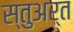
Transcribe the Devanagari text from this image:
स्तुअर्त